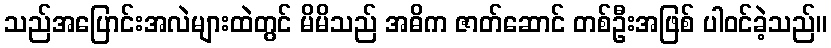
သည်အပြောင်းအလဲများထဲတွင် မိမိသည် အဓိက ဇာတ်ဆောင် တစ်ဦးအဖြစ် ပါဝင်ခဲ့သည်။